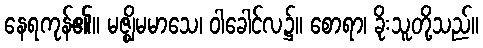
နေရကုန်၏။ မဇ္ဈိမမာသေ၊ ဝါခေါင်လ၌။ စောရာ၊ ခိုးသူတို့သည်။